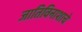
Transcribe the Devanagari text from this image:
जातिविनाशाचे